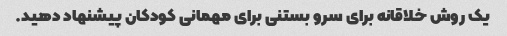
یک روش خلاقانه برای سرو بستنی برای مهمانی کودکان پیشنهاد دهید.